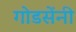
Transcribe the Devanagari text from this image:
गोडसेंनी